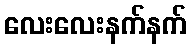
လေးလေးနက်နက်